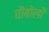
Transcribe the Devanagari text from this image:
चौबोलों